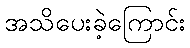
အသိပေးခဲ့ကြောင်း